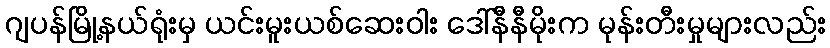
ဂျပန်မြို့နယ်ရုံးမှ ယင်းမူးယစ်ဆေးဝါး ဒေါ်နီနီမိုးက မုန်းတီးမှုများလည်း